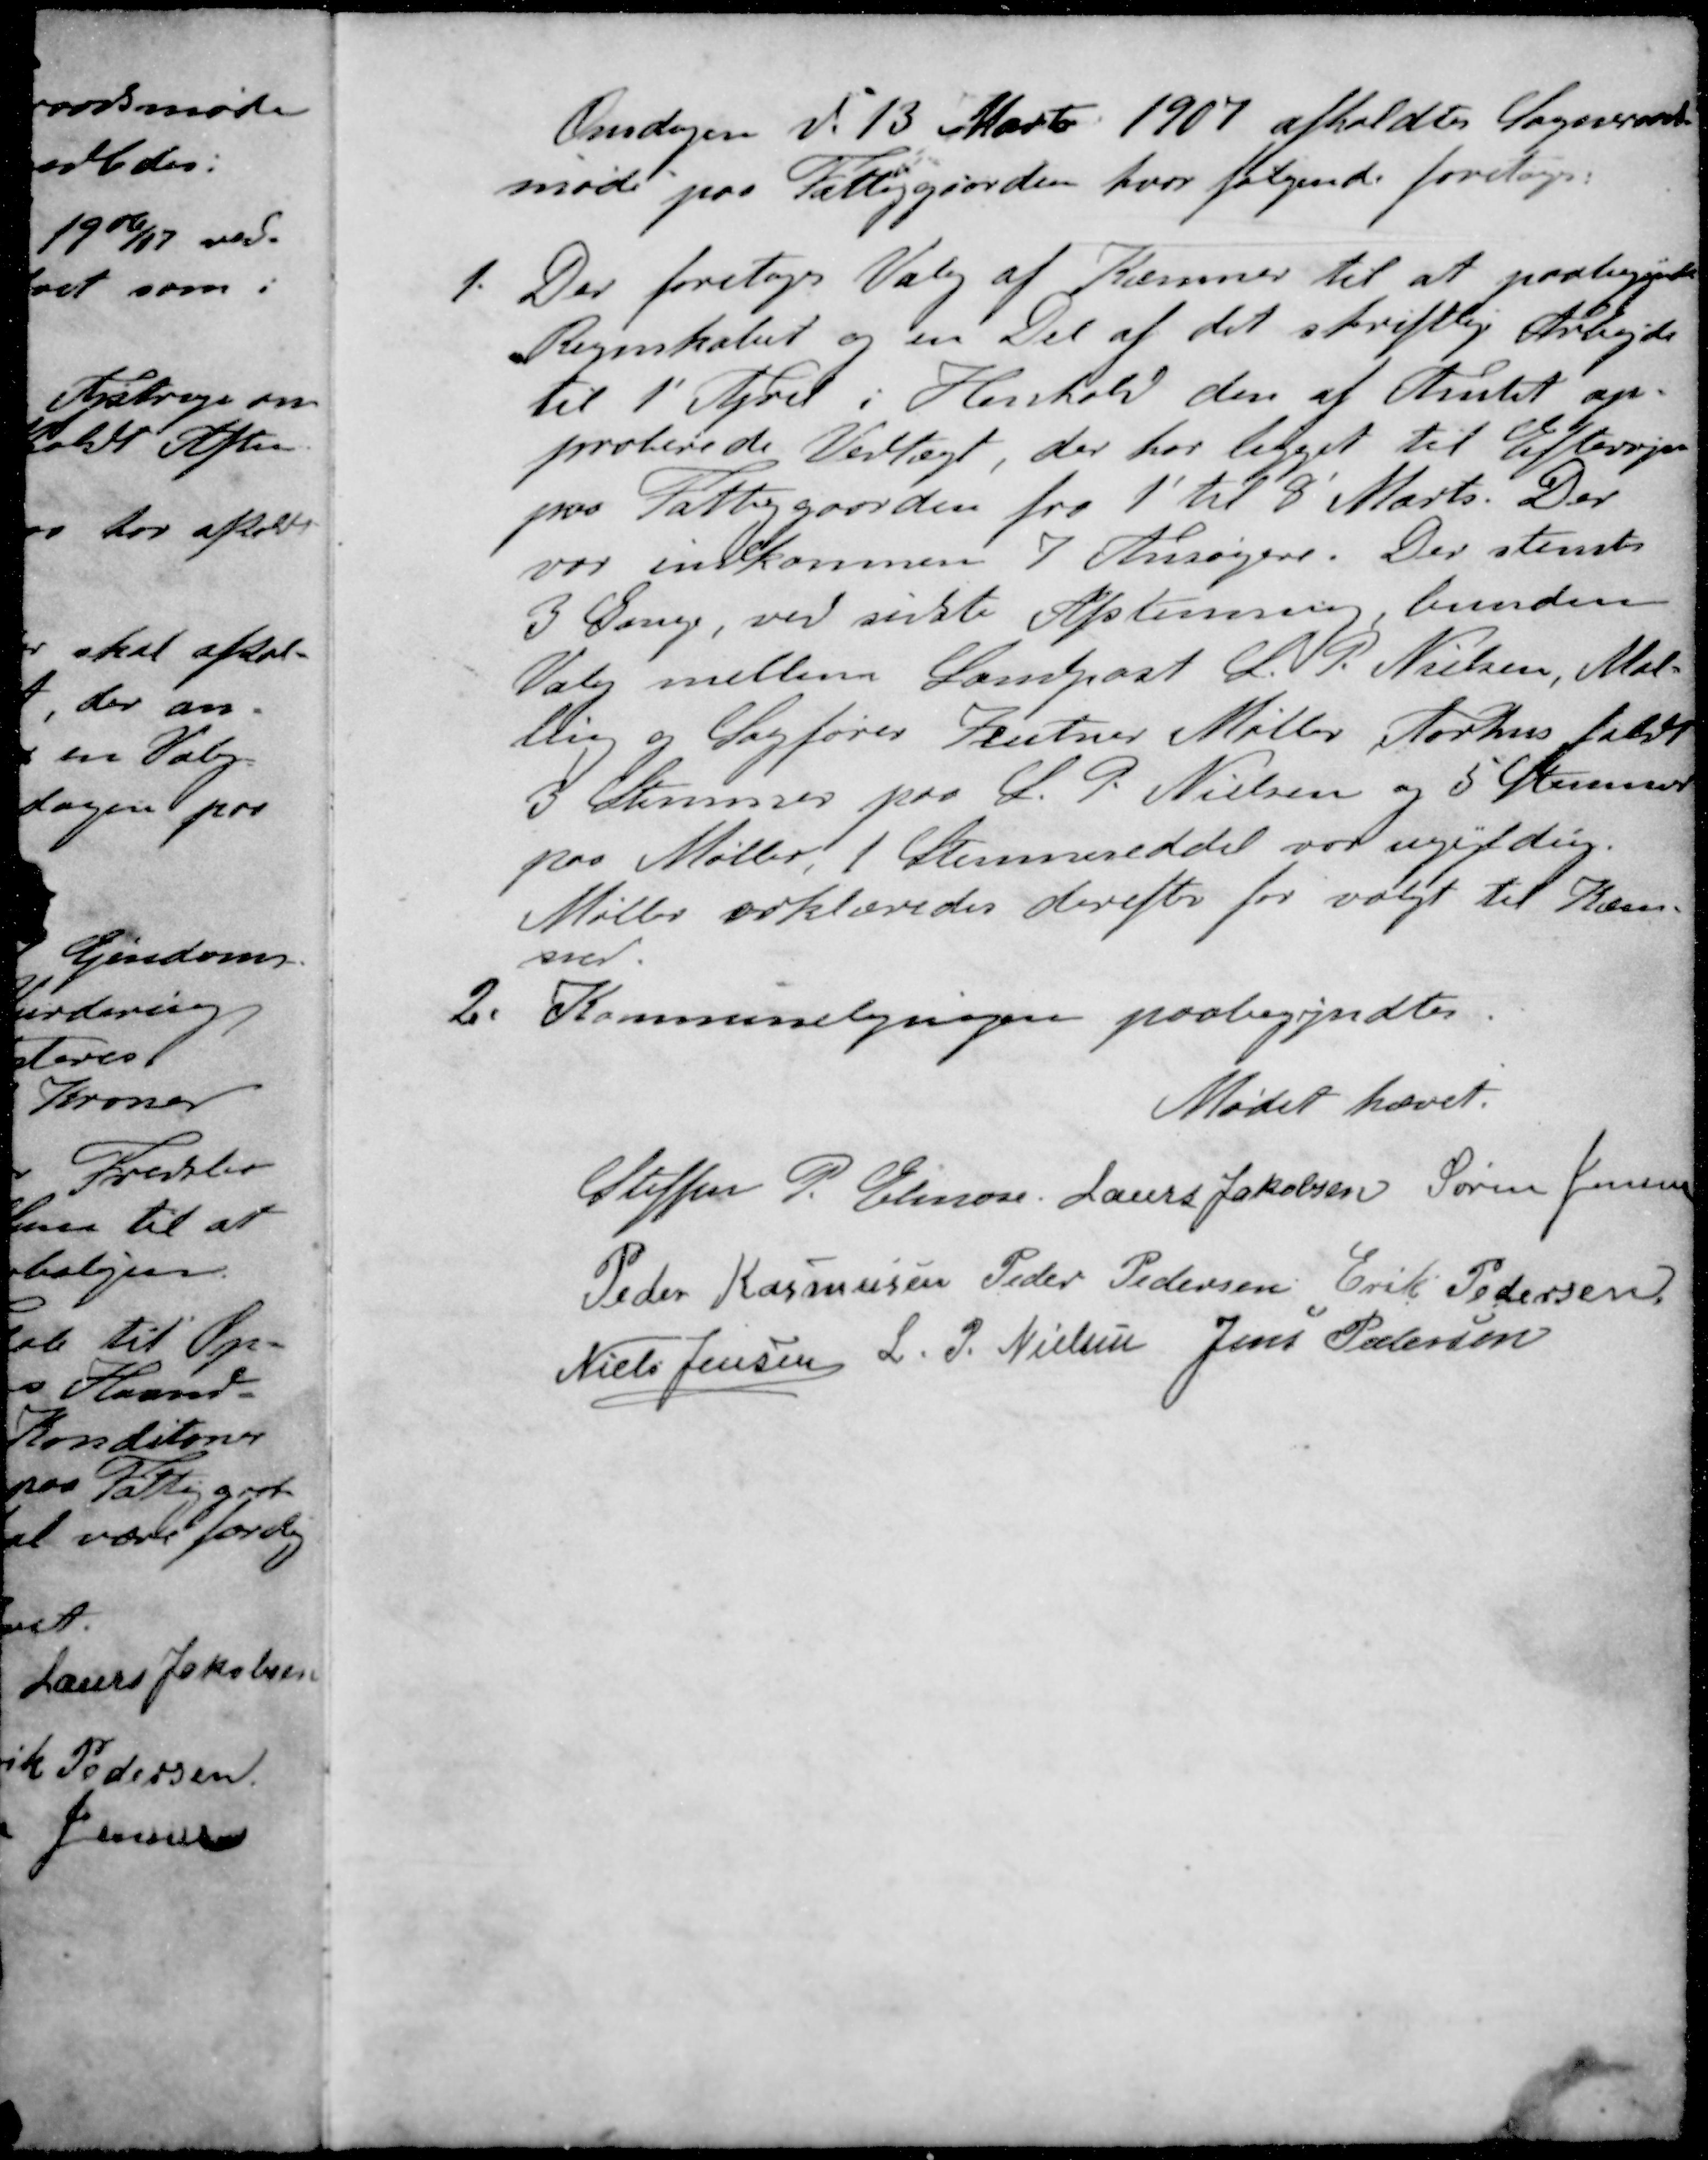
Transskription:
Onsdagen d. 13 Marts 1907 afholdtes Sogneraads-
møde paa Fattiggaarden, hvor følgende foretoges:
1. Der foretoges Valg af Kæmner til at paabegynde
Regnskabet og en Del af det skriftlig Arbejde
til 1' April i Henhold den af Amtet ap-
proberede Vedtægt, der har ligget til Eftersyn
paa Fattiggaarden fra 1' til 8' Marts. Der
var indkommen 7 Ansøgere. Der stemtes
3 Gange, ved sidste Afstemning, bunden
Valg mellem Landpost L. P. Nielsen, Mal-
ling og Sagfører Zeutner Møller Aarhus faldt
3 Stemmer paa L. P. Nielsen og 5 Stemmer
paa Møller, 1 Stemmeseddel var ugyldig
Møller erklæredes derefter for valgt til Kæm-
ner
2. Kommuneligningen paabegyndtes.
Mødet hævet.
Steffen P. Elmose
Laurs Jakobsen
Søren Jensen
Peder Rasmussen
Peder Pedersen
Erik Pedersen
Niels Jensen 
L. P. Nielsen
Jens Pedersen